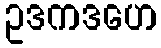
ဥဒကဒဟေ